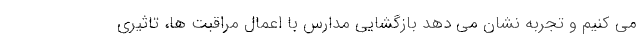
می کنیم و تجربه نشان می دهد بازگشایی مدارس با اعمال مراقبت ها، تاثیری